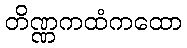
တိဏ္ဏကထံကထော